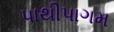
પાથીપાગમ